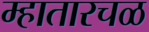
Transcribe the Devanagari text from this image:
म्हातारचळ